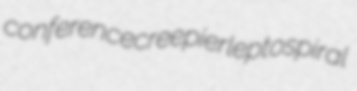
conference creepier leptospiral